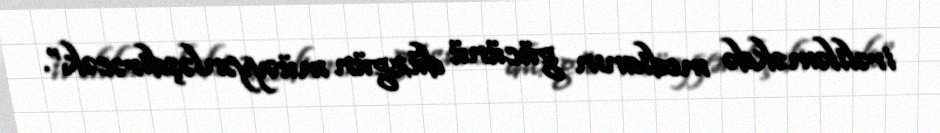
irəliləməkdə medianın gücünü düzgün müəyyənləşdirəcək”.